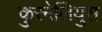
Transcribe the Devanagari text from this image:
कुरनेलियुस